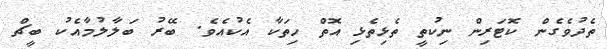
ތެދުވެގެން ކޮޓަރިން ނިކުތީ ތެޅިތެޅި އޮތް ހިތަކާ އެކުއެވެ. ބޭރު ބަލާލުމާއެކު ބީޗް